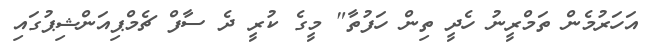
އަހަރުމެން ތަމްރީނު ހެދީ ތިން ހަފުތާ" މީގެ ކުރީ ދެ ސާފް ޗެމްޕިއަންޝިޕުގައި